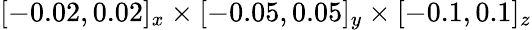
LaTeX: [-0.02,0.02]_{x}\times[-0.05,0.05]_{y}\times[-0.1,0.1]_{z}